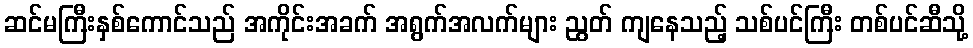
ဆင်မကြီးနှစ်ကောင်သည် အကိုင်းအခက် အရွက်အလက်များ ညွတ် ကျနေသည့် သစ်ပင်ကြီး တစ်ပင်ဆီသို့